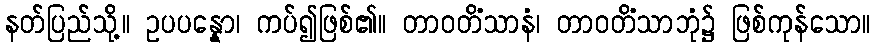
နတ်ပြည်သို့။ ဥပပန္နော၊ ကပ်၍ဖြစ်၏။ တာဝတိံသာနံ၊ တာဝတိံသာဘုံ၌ ဖြစ်ကုန်သော။